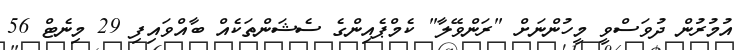
އުމުރުން ދުވަސްވީ މީހުންނަށް "ރަންވޭލާ" ކެމްޕެއިންގެ ސެޝަންތަކެއް ބާއްވައިފި 29 މިނެޓް 56